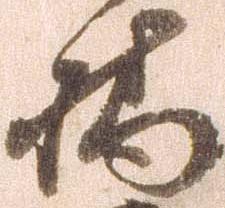
橋